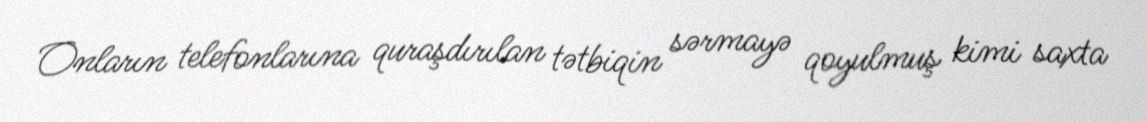
Onların telefonlarına quraşdırılan tətbiqin sərmayə qoyulmuş kimi saxta